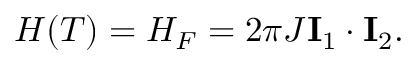
\begin{array} { r } { H ( T ) = H _ { F } = 2 \pi J \mathbf { I } _ { 1 } \cdot \mathbf { I } _ { 2 } . } \end{array}